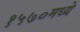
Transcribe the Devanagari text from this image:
१५७०मध्ये